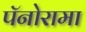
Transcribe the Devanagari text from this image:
पॅनोरामा